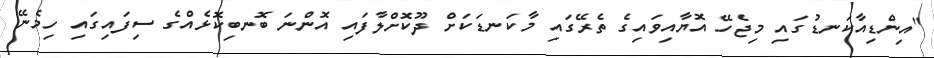
"އިންޑިއާކަނޑުގައި މިޖެހޭ އޮޔާއިވައިގެ ތެރޭގައި މާކަނޑަކަށް ދޫކޮށްލާފައި އޮންނަ ބޮނބިކޮޅެއްގެ ސިފައިގައި ހިމެނޭ